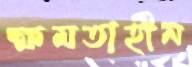
ক্ষমতাহীন